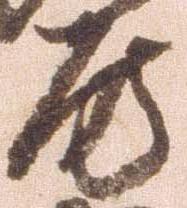
房